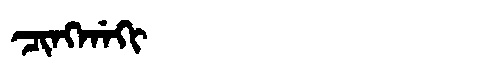
Manchu: ᠴᡳᠩᡤᠠᡴᡳ
Romanization: CINGGAKI